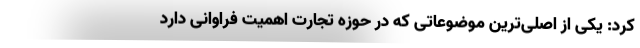
کرد: یکی از اصلی‌ترین موضوعاتی که در حوزه تجارت اهمیت فراوانی دارد